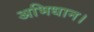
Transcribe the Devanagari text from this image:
अभिधान।